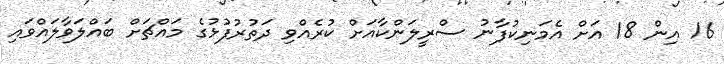
16 އިން 18 އަށް އެމަނިކުފާނު ސްރީލަންކާއަށް ކުރެއްވި ދަތުރުފުޅުގެ މައްޗަށް ބައްލަވާލައްވައި